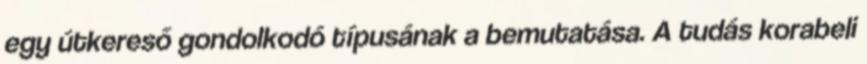
egy útkereső gondolkodó típusának a bemutatása. A tudás korabeli